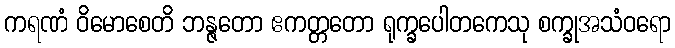
ကရဏံ ဝိမောစေတိ ဘန္ဇတော ဧကတ္တတော ရုက္ခပေါတကေသု စက္ခုအသံဝရော